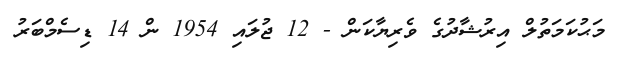
މަޙުކަމަތުލް އިރުޝާދުގެ ވެރިޔާކަން - 12 ޖުލައި 1954 ން 14 ޑިސެމްބަރު